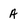
Character: A